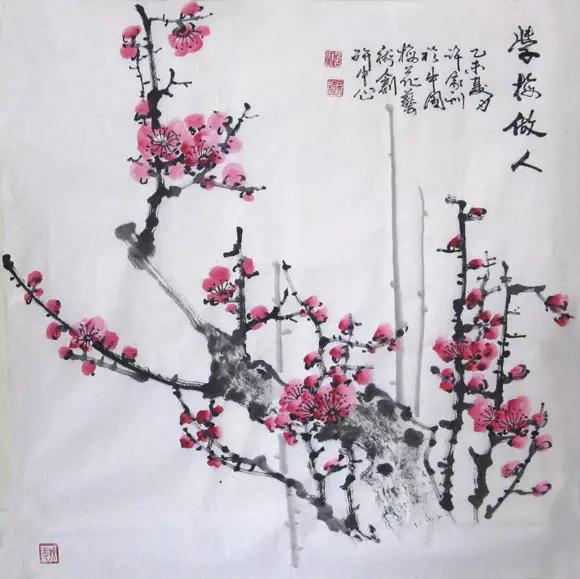
何方可化身千亿，一树梅花一放翁。